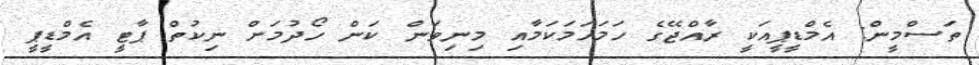
ތަސްމީން: އެމްޑީޕީއަކީ ރާއްޖޭގެ ހަމަހަމަކަމާއި މިނިވަން ކަން ހޯދުމަށް ނިކުތް ޕާޓީ އެމްޑީޕީ